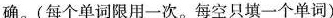
确.(每个单词限用一次.每空只填一个单词)